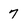
Character: 7